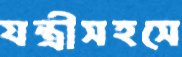
যন্ত্রীসহসে